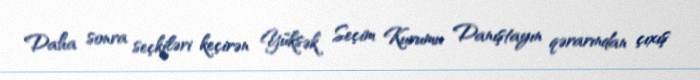
Daha sonra seçkiləri keçirən Yüksək Seçim Kurumu Danıştayın qərarından çıxış